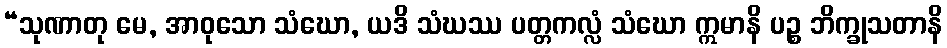
“သုဏာတု မေ, အာဝုသော သံဃော, ယဒိ သံဃဿ ပတ္တကလ္လံ သံဃော ဣမာနိ ပဉ္စ ဘိက္ခုသတာနိ